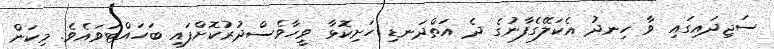
ސަޖިދައިގައި ވާ ހިނދު އެކަލޭގެފާނުގެ ދެ އަތްދަނޑި ހަށިކޮޅާ ވީހާވެސްދުރުކޮށްފައި ބަހައްޓަވައެވެ. މިކަން